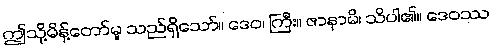
ဤသို့မိန့်တော်မူ သည်ရှိသော်။ ဒေဝ၊ ကြီး။ ဇာနာမိ၊ သိပါ၏။ ဒေဝဿ